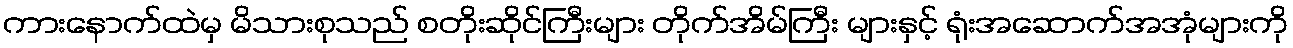
ကားနောက်ထဲမှ မိသားစုသည် စတိုးဆိုင်ကြီးများ တိုက်အိမ်ကြီး များနှင့် ရုံးအဆောက်အအုံများကို